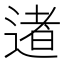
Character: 𨔾